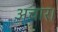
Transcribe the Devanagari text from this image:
अचार।